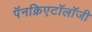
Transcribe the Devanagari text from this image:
पॅनक्रिएटॉलॉजी